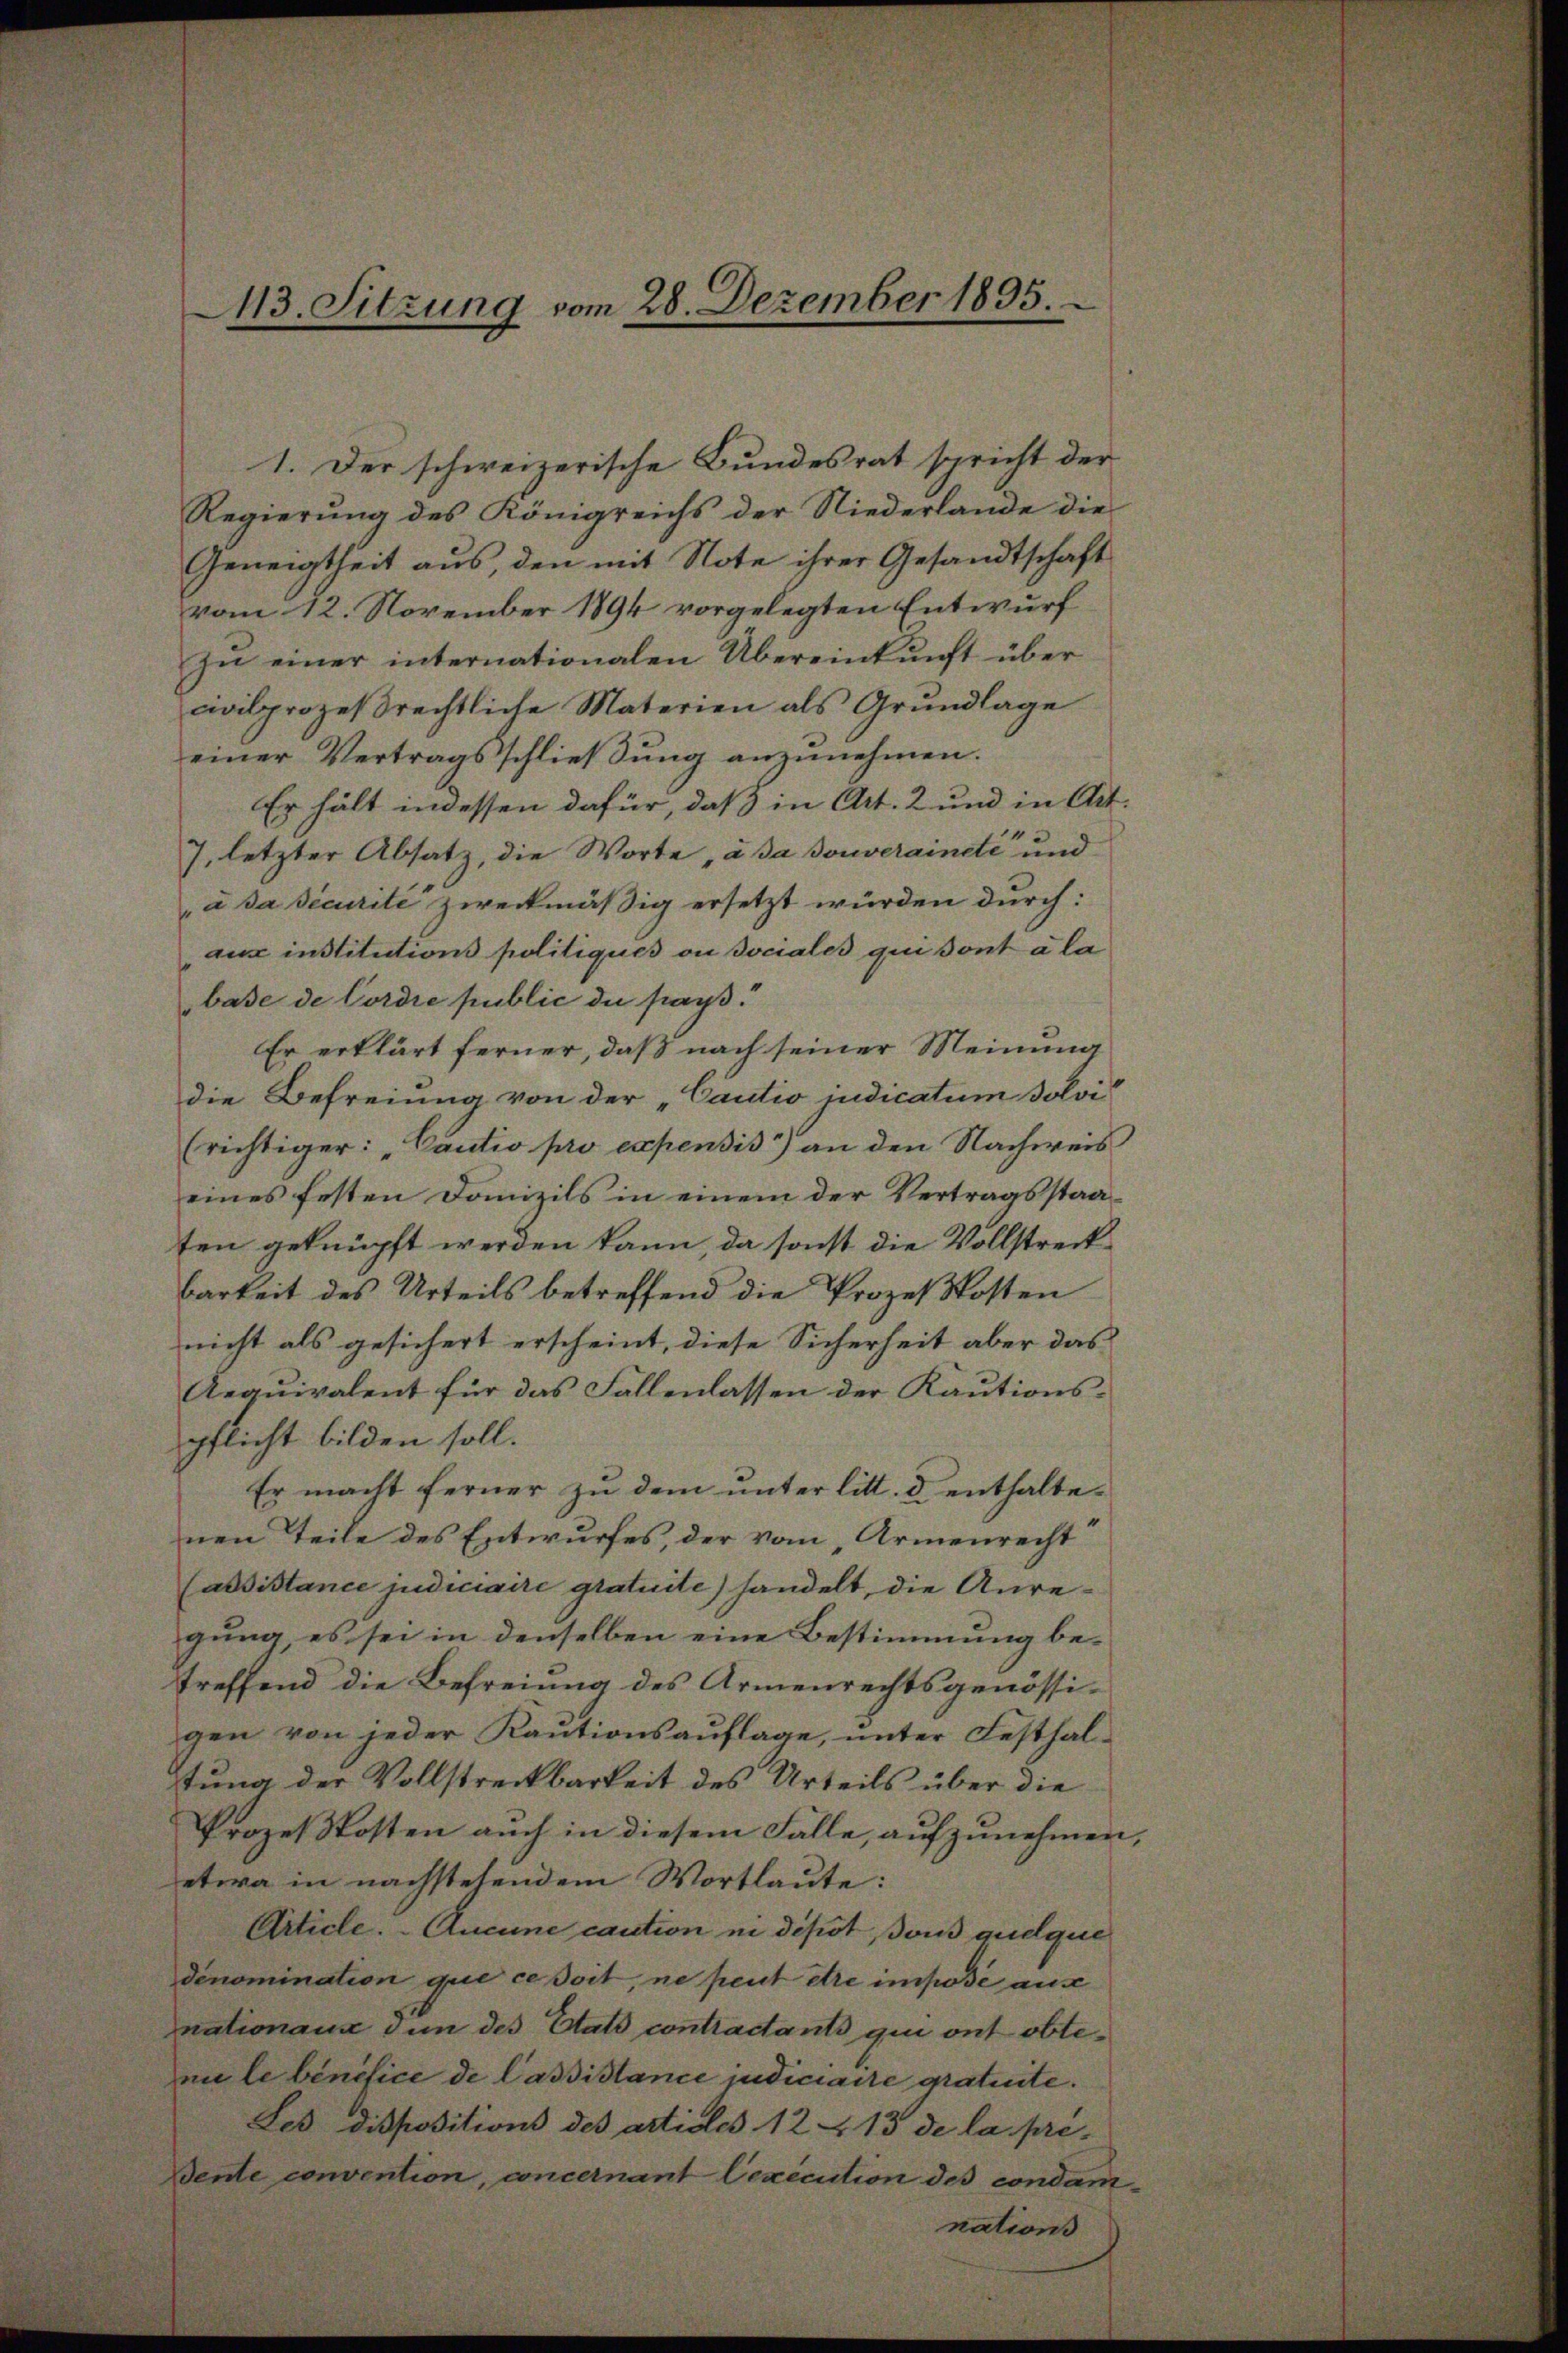
13. Sitzung vom 28. Dezember 1895.

1. Der schweizerische Bundesrat spricht der
Regierŭng des Königreichs der Niederlande die
Geneigtheit aus, den mit Note ihrer Gesandtschaft
vom 12. November 1894 vorgelegten Entwurf
zŭ einer internationalen Übereinkunft über
civilprozeβrechtliche Materien als Grŭndlage
einer Vertragsschlieβŭng anzŭnehmen.
Er hält indessen dafür, daß in Art. 2 und in Art.
7, letzter Absatz, die Worte, à sa souveraineté und
à sa sicurite zweckmäßig ersetzt würden durch:
aux institutions politiqués ou sociales qui sont à la
base de Cordre public du pays.
Er erklärt ferner, daß nach seiner Meinung
die Befreiung von der „Cautio indicatum solvi
(richtiger: "Cautio pro expensis) an den Nachweis
eines festen Danizils in einem der Vertragsstaaten geknüpft werden kann, da sonst die Vollstreckbarkeit des Urteils betreffend die Prozeßkosten
nicht als gesichert erscheint, diese Sicherheit aber das
Aequivalent für das Fallenlassen der Kautionspflicht bilden soll.
Er macht ferner zu dem unter litt. d enthaltenen Teile des Entwurfes, der vom Armenrecht
(assistance judiciaire gratuite) handelt, die Anregung es sei in denselben eine Bestimmung betreffend die Befreiung des Armenrechtsgenössi-
gen von jeder Kautionsauflage, unter Festhaltung der Vollstreckbarkeit des Urteils über die
Prozeßkosten auch in diesem Fälle, aufzunehmen,
etwa in nachstehendem Wortlaute:
Article. Aucune caution in depot sous quidque
dénomination que ce soit, ne peut être imposé aus
nationaus den des Etats contractants qui ont obtemi le bénéfice de Cassistance judiciaire gratuite.
Les dispositions des articles 12 & 13 de la pre-
Wente convention, concernant Oexecution des condamnations